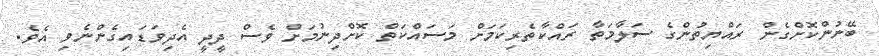
ބޭނުންކޮށްގެން ރައްޔިތުންގެ ސަލާމަތާ ރައްކާތެރިކަމަށް މަސައްކަތް ކޮށްދިނުމަށް ވެސް ދީދީ އެދިވަޑައިގެންނެވި އެވެ.